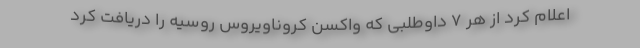
اعلام کرد از هر ۷ داوطلبی که واکسن کروناویروس روسیه را دریافت کرد